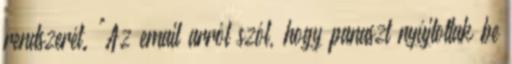
rendszerét. "Az email arról szól, hogy panaszt nyújtottak be